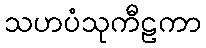
သဟပံသုကီဠကာ